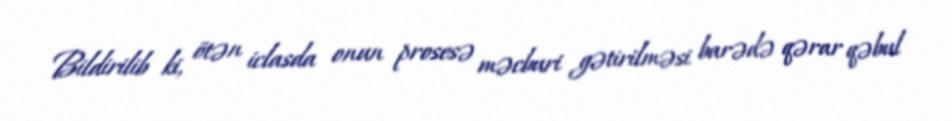
Bildirilib ki, ötən iclasda onun prosesə məcburi gətirilməsi barədə qərar qəbul